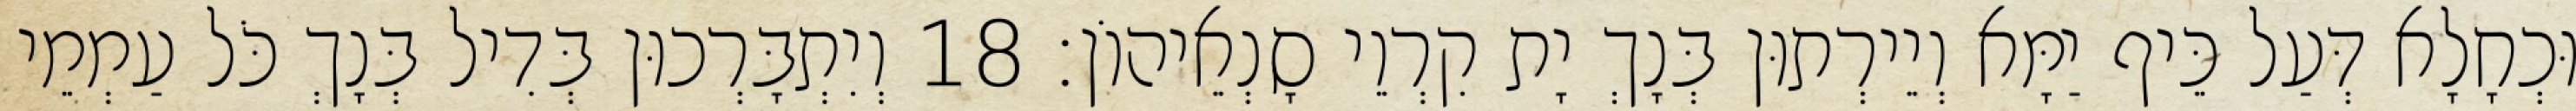
וּכְחָלָא דְּעַל כֵּיף יַמָּא וְיֵירְתוּן בְּנָךְ יָת קִרְוֵי סָנְאֵיהוֹן׃ 18 וְיִתְבָּרְכוּן בְּדִיל בְּנָךְ כֹּל עַמְמֵי